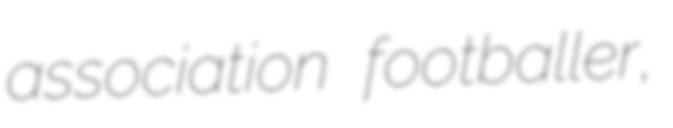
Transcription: association footballer,